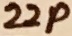
Text: 22p